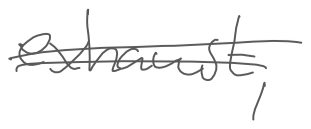
Text: exhaust,
Cross-out: double-line
Writing tool: digital_gray